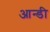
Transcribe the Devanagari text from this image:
आन्डी